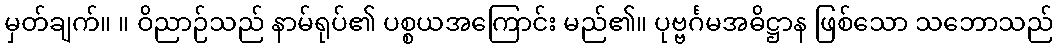
မှတ်ချက်။ ။ ဝိညာဉ်သည် နာမ်ရုပ်၏ ပစ္စယအကြောင်း မည်၏။ ပုဗ္ဗင်္ဂမအဓိဋ္ဌာန ဖြစ်သော သဘောသည်